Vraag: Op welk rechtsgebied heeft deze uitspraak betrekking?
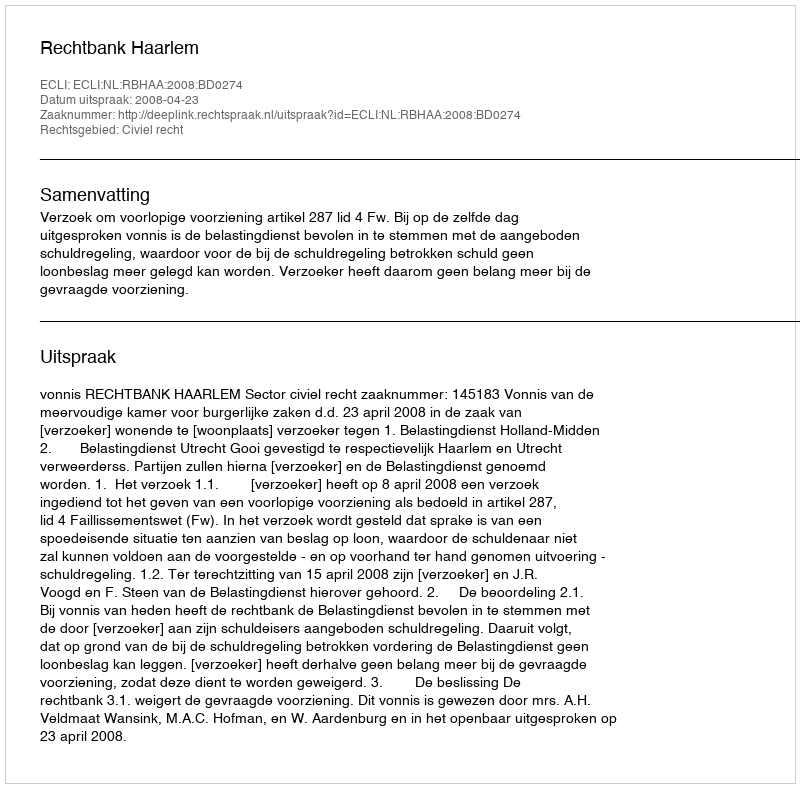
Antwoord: Civiel recht